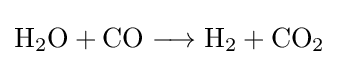
{\mathrm {H} {\vphantom {A}}_{\smash[{t}]{2}}\mathrm {O} {}+{}\mathrm {CO} {}\mathrel {\longrightarrow } {}\mathrm {H} {\vphantom {A}}_{\smash[{t}]{2}}{}+{}\mathrm {CO} {\vphantom {A}}_{\smash[{t}]{2}}}